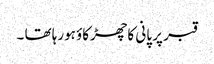
قبر پر پانی کا چھڑکاؤ ہورہا تھا ۔